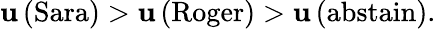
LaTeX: \mathbf{u}\left({\mathrm{{Sara}}}\right)>\mathbf{u}\left({\mathrm{{Roger}}}\right)>\mathbf{u}\left({\mathrm{{abstain}}}\right).